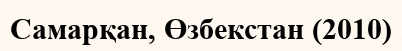
Самарқан, Өзбекстан (2010)